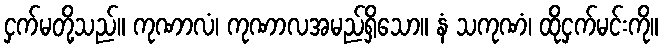
ငှက်မတို့သည်။ ကုဏာလံ၊ ကုဏာလအမည်ရှိသော။ နံ သကုဏံ၊ ထိုငှက်မင်းကို။